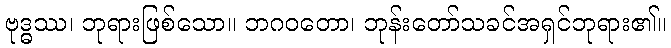
ဗုဒ္ဓဿ၊ ဘုရားဖြစ်သော။ ဘဂဝတော၊ ဘုန်းတော်သခင်အရှင်ဘုရား၏။